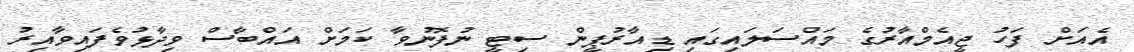
އެއަށް ފަހު ޖީއެމްއާރުގެ މައްސަލައިގައި ޑިއާރުޕީން ސިޓީ ނުފޮނުވާ ކަމަށް އައްބާސް ވިދާޅުވެފައިވާއިރު